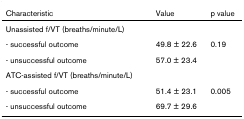
| Characteristic | Value | p value |
 | --- | --- | --- |
 | Unassisted f/VT (breaths/minute/L) |  |  |
 | - successful outcome | 49.8 ± 22.6 | 0.19 |
 | - unsuccessful outcome | 57.0 ± 23.4 |  |
 | ATC-assisted f/VT (breaths/minute/L) |  |  |
 | - successful outcome | 51.4 ± 23.1 | 0.005 |
 | - unsuccessful outcome | 69.7 ± 29.6 |  |